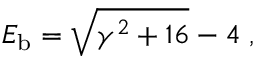
E _ { \mathrm { b } } = \sqrt { \gamma \sp 2 + 1 6 } - 4 \; ,